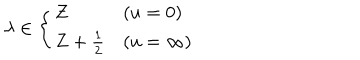
\lambda \in \left\{ \begin{array} { l l } { { { \bf Z } } } & { { ( u = 0 ) } } \\ { { { \bf Z } + \frac 1 2 } } & { { ( u = \infty ) } } \\ \end{array} \right.